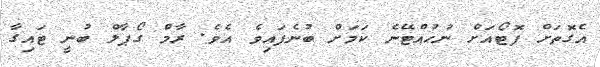
އެގޮތަށް ފޮޓޯއަށް ނުހުއްޓޭނެ ކަމަށް ބުނެފައިވެ އެވެ. ރާމް ގޯޕާލް ބުނީ ޓައިގާ